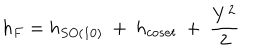
h _ { F } = h _ { S O ( 1 0 ) } \ + \ h _ { c o s e t } \ + \ { \frac { Y ^ { 2 } } { 2 } }